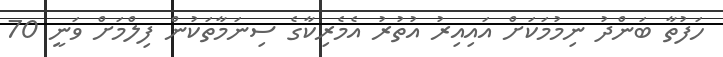
ހަފުތާ ބަންދު ނިމުމަކަށް އައިއިރު އުތުރު އެމެރިކާގެ ސިނަމާތަކުން ފިލްމަށް ވަނީ 70